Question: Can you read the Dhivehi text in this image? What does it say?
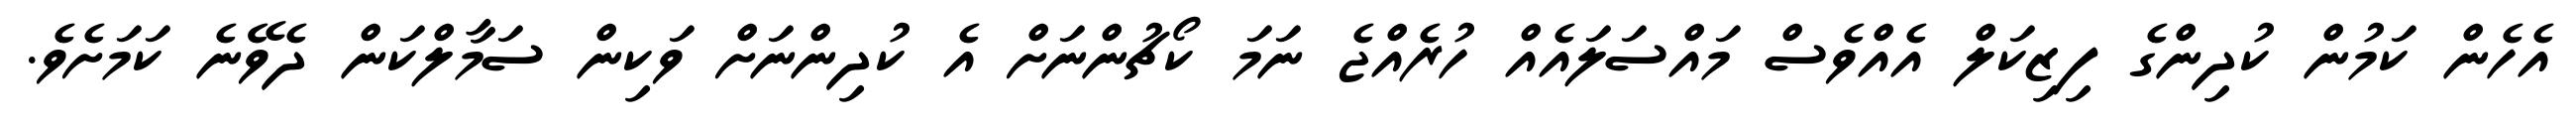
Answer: އެހެން ކަމުން ކުދިންގެ ފިޒިކަލް އެއްވެސް މައްސަލައެއް ހުރެއްޖެ ނަމަ ކޯޗުންނަށް އެ ކުދިންނަށް ވަކިން ސަމާލްކަން ދެވޭނެ ކަމަށެވެ.